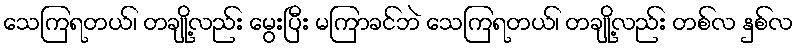
သေကြရတယ်၊ တချို့လည်း မွေးပြီး မကြာခင်ဘဲ သေကြရတယ်၊ တချို့လည်း တစ်လ နှစ်လ